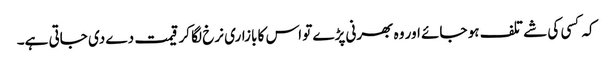
کہ کسی کی شے تلف ہو جائے اور وہ بھرنی پڑے تو اس کا بازاری نرخ لگا کر قیمت دے دی جاتی ہے۔